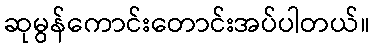
ဆုမွန်ကောင်းတောင်းအပ်ပါတယ်။